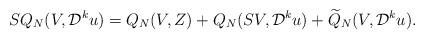
LaTeX: \begin{align*} S Q_{N} (V, \mathcal{D}^{k} u) = Q_{N} (V, Z) + Q_{N} (S V, \mathcal{D}^{k} u) + \widetilde{Q}_{N} (V, \mathcal{D}^{k} u) .\end{align*}